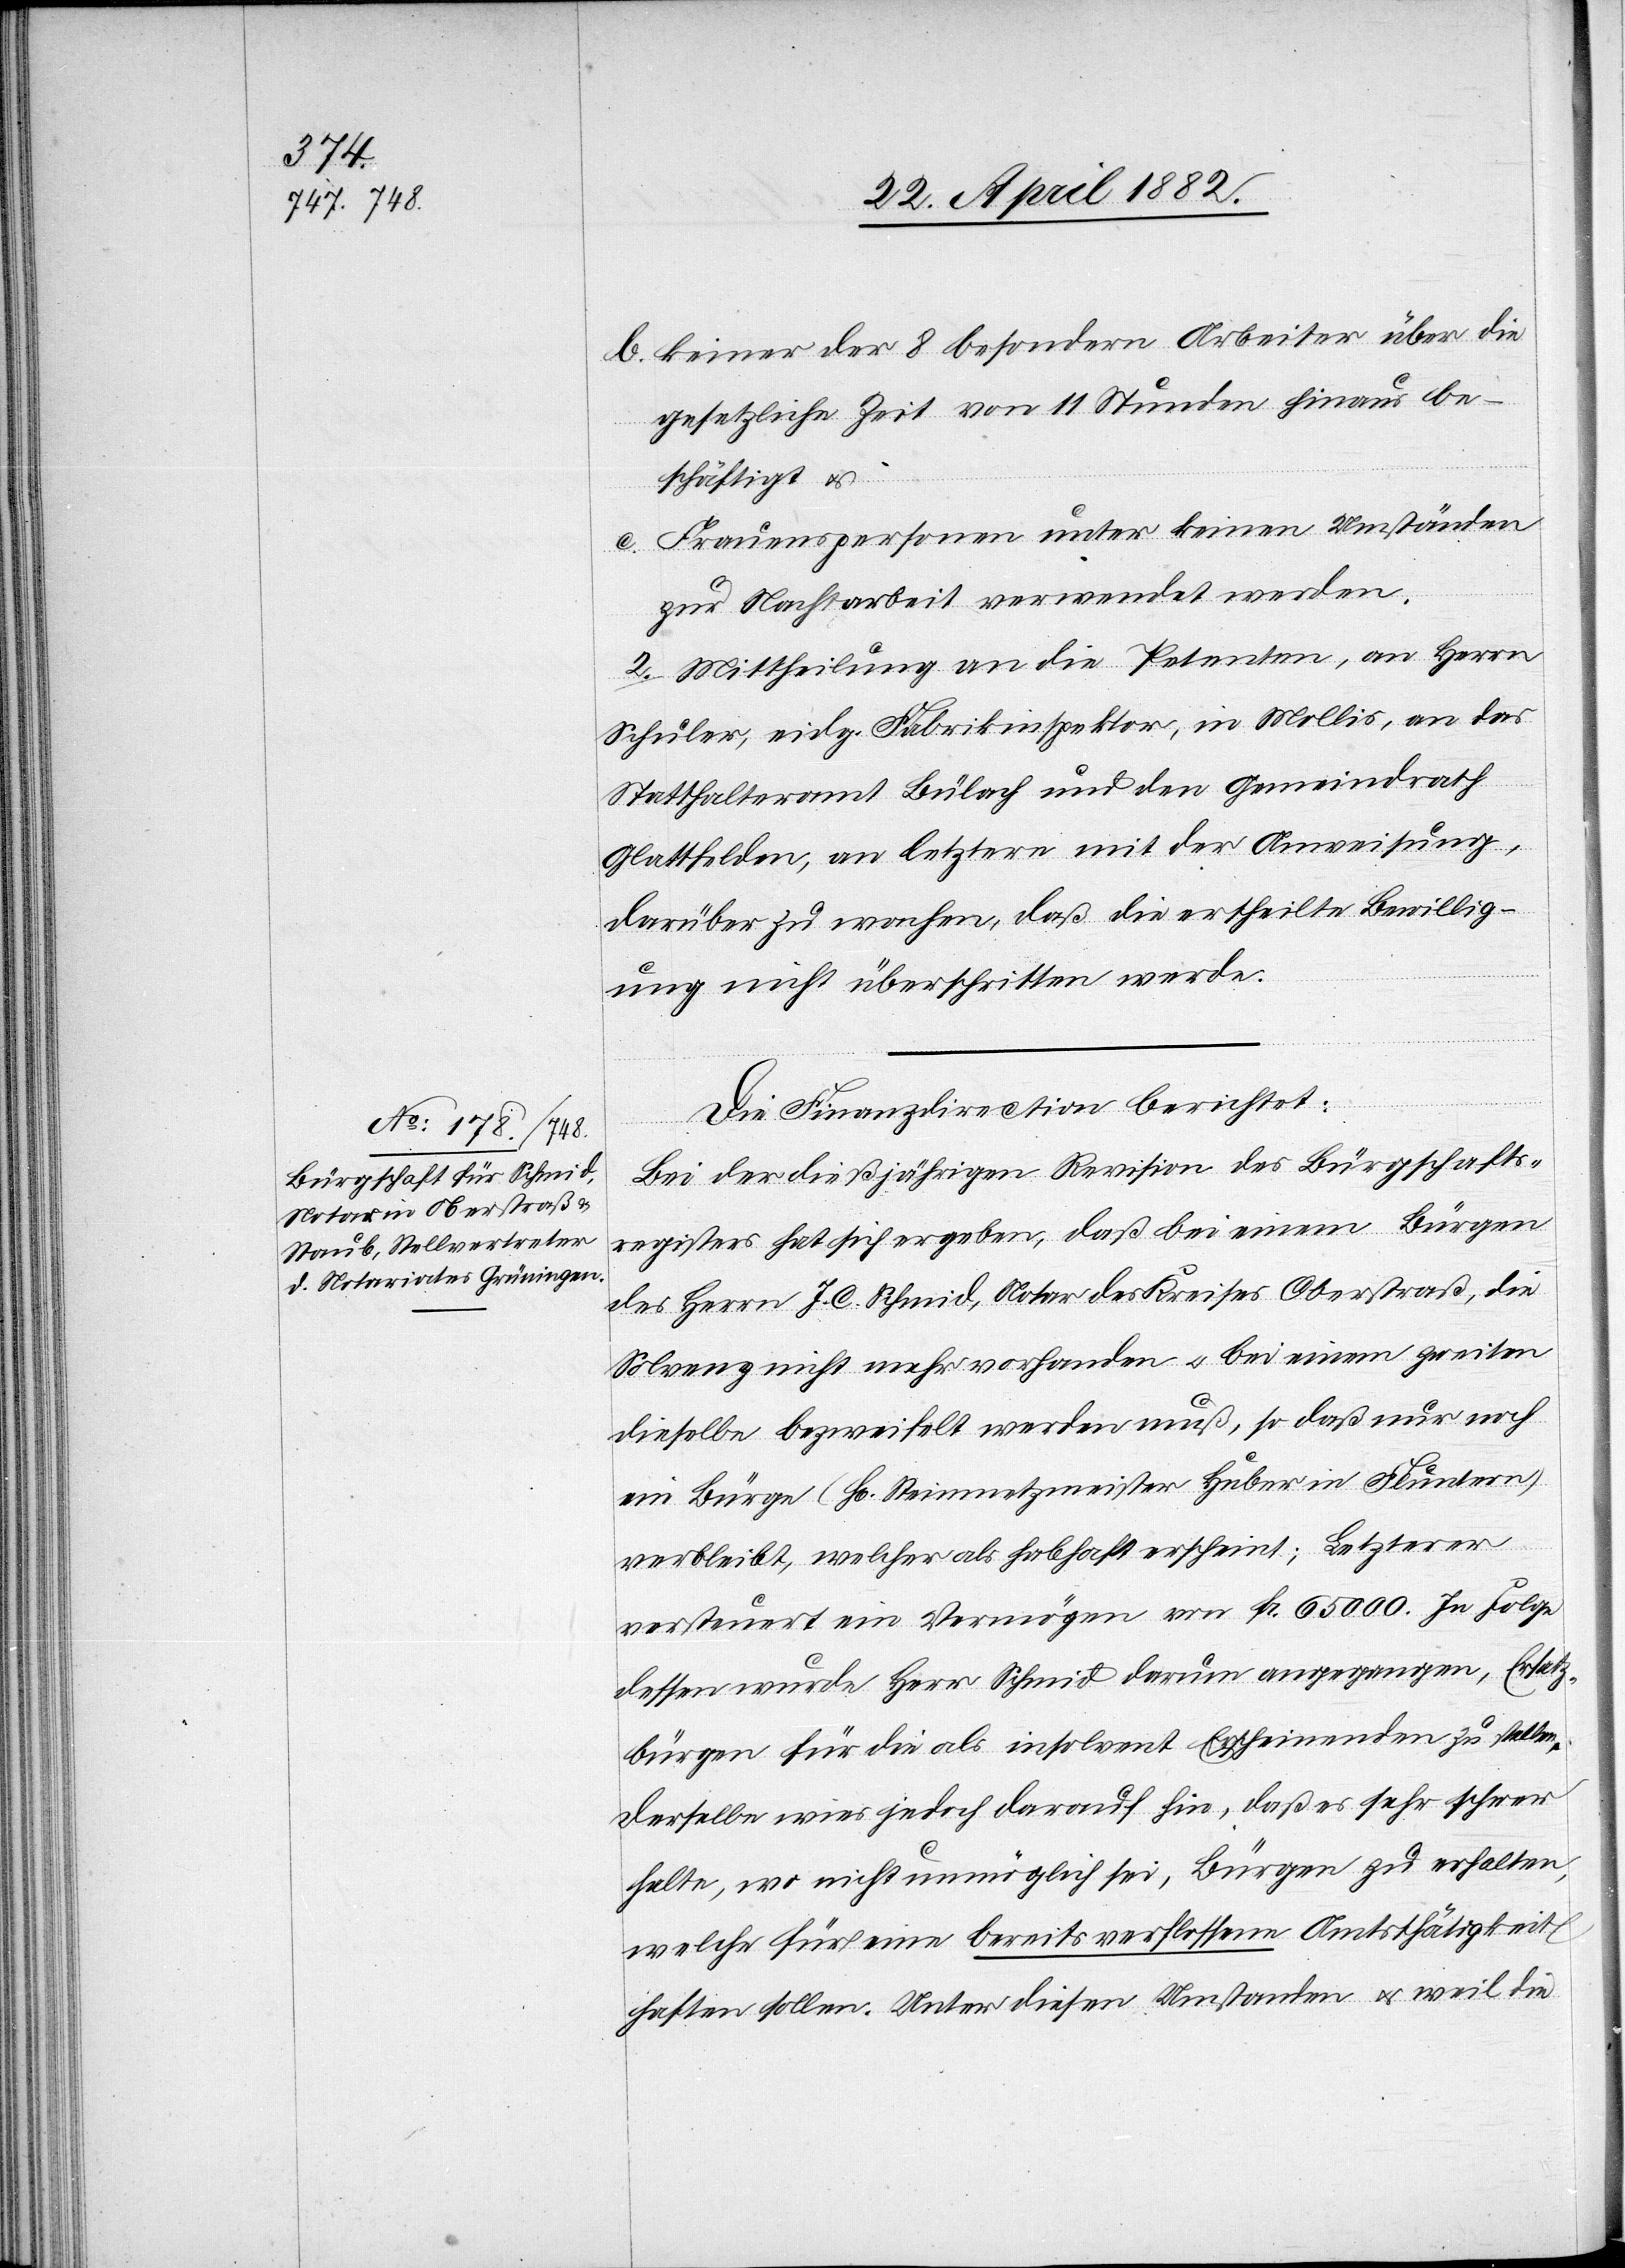
b. keiner der 8 besondern Arbeiter über die
gesetzliche Zeit von 11 Stunden hinaus be¬
schäftigt ist
c. Frauenspersonen unter keinen Umständen
zur Nachtarbeit verwendet werden.
2. Mittheilung an die Petenten, an Herrn
Schuler, eidg. Fabrikinspektor, in Mollis, an das
Statthalteramt Bülach und den Gemeindrath
Glattfelden, an letztere mit der Anweisung,
darüber zu wachen, daß die ertheilte Bewillig¬
ung nicht überschritten werde.
Die Finanzdirection berichtet:
Bei der dießjährigen Revision des Bürgschafts¬
registers hat sich ergeben, daß bei einem Bürgen
des Herrn J. C. Schmid, Notar des Kreises Oberstraß, die
Solvenz nicht mehr vorhanden u. bei einem zweiten
dieselbe bezweifelt werden muß, so daß nur noch
ein Bürge (Hr. Steinmetzmeister Huber in Fluntern)
verbleibt, welcher als habhaft erscheint; Letzterer
versteuert ein Vermögen von Fr. 65 000. In Folge
dessen wurde Herr Schmid darum angegangen, Ersatz¬
bürgen für die als insolvent Erscheinenden zu stellen.
Derselbe wies jedoch darauf hin, daß es sehr schwer
halte, wo nicht unmöglich sei, Bürgen zu erhalten,
welche für eine bereits verflossene Amtsthätigkeit
haften sollen. Unter diesen Umstanden [sic!] u. weil die